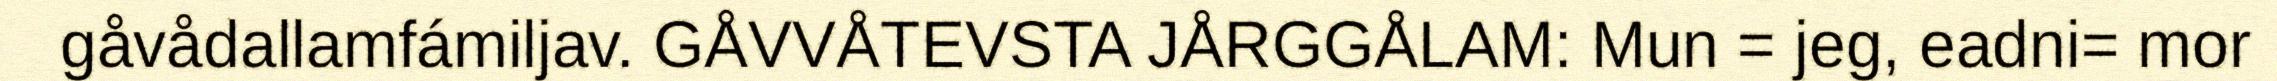
gåvådallamfámiljav. GÅVVÅTEVSTA JÅRGGÅLAM: Mun = jeg, eadni= mor